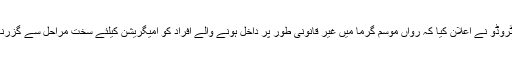
جسٹن ٹروڈو نے اعلان کیا کہ رواں موسم گرما میں غیر قانونی طور پر داخل ہونے والے افراد کو امیگریشن کیلئے سخت مراحل سے گزرنا ہو گا۔